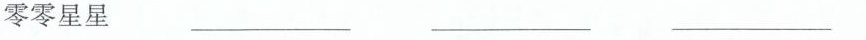
零零星星 ___ ___ ___